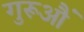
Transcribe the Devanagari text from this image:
गुरूऔं